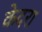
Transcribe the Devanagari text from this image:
केदरा